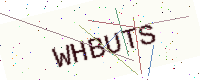
Text: WHBUTS